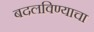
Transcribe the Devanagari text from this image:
बदलविण्याचा